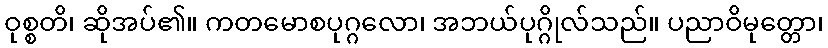
ဝုစ္စတိ၊ ဆိုအပ်၏။ ကတမောစပုဂ္ဂလော၊ အဘယ်ပုဂ္ဂိုလ်သည်။ ပညာဝိမုတ္တော၊